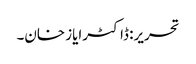
تحریر: ڈاکٹرایاز خان۔